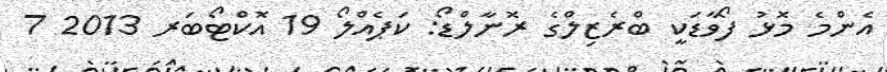
އެންމެ މޮޅު ފޯވާޑަކީ ބްރެޒިލްގެ ރޮނާލްޑޯ: ކަޕެއްލޯ 19 އޮކްޓޯބަރ 2013 7